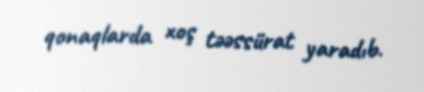
qonaqlarda xoş təəssürat yaradıb.